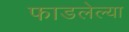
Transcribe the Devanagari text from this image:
फाडलेल्या